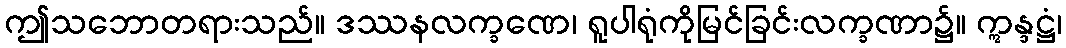
ဤသဘောတရားသည်။ ဒဿနလက္ခဏေ၊ ရူပါရုံကိုမြင်ခြင်းလက္ခဏာ၌။ ဣန္ဒဋ္ဌံ၊